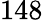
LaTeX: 148